Lunatic asylums United Prov. 1922-30 - 1922-1930
Year: 1922
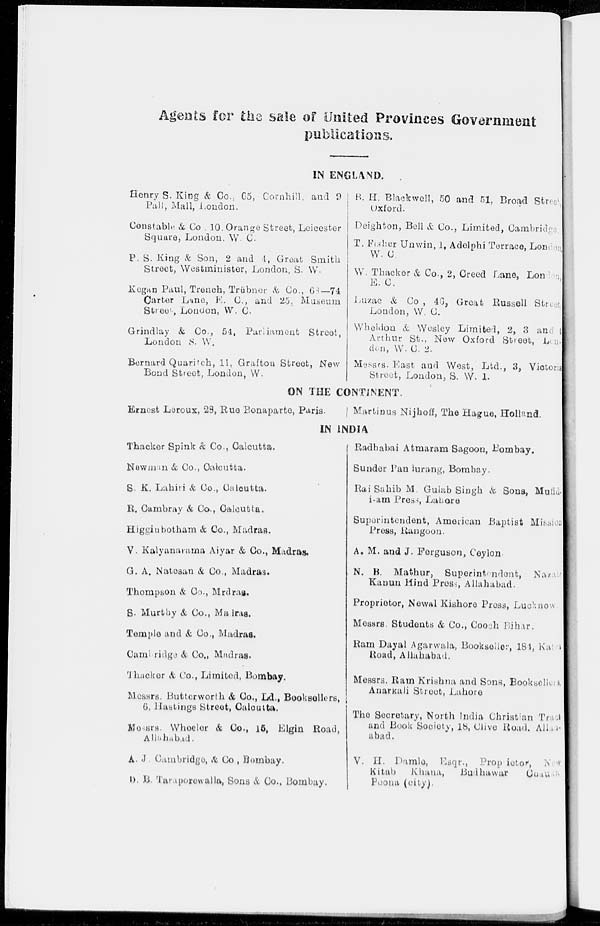
Agents for the sale of United Provinces Government
publications.
IN ENGLAND.
Henry S. King & Co., 65, Cornhill, and 9
Pall, Mall, London.
Constable & Co . 10, Orange Street, Leicester
Square, London. W. C.
P. S. King & Son, 2 and 1, Great Smith
Street, Westminister, London, S. W.
Kegan Paul, Trench, Trübner & Co., 68— 74
Carter Lane, E. C., and 25, Museum
Street, London, W. C.
Grindlay & Co., 54, Parliament Street,
London S. W.
Bernard Quaritch, 11, Grafton Street, New
Bond Street, London, W.
B. H. Blackwell, 50 and 51, Broad Street
Oxford.
Deighton, Bell & Co., Limited, Cambridge
T. Fisher Unwin, 1, Adelphi Terrace, London
W. C.
W. Thacker & Co., 2, Creed Lane, London,
E. C.
Luzac & Co, 46, Great Russell Street,
London, W. C.
Wheldon & Wesley Limited, 2, 3 and 4
Arthur St., Now Oxford Street, Lon-
don, W. C. 2.
Messrs. East and West, Ltd., 3, Victoria
Street, London, S. W. 1.
ON THE CONTINENT
Ernest Leroux, 28, Rue Bonaparte, Paris.
Martinus Nijhoff, The Hague, Holland.
IN INDIA
Thacker Spink & Co., Calcutta.
Newman & Co., Calcutta.
S. K. Lahiri &Co., Calcutta.
R. Cambray & Co., Calcutta.
Higginbotham & Co., Madras.
V. Kalyanarama Aiyar & Co., Madras.
G. A. Natesan & Co., Madras.
Thompson & Co., Madras.
S. Murthy & Co., Madras.
Temple and & Co., Madras.
Cambridge & Co., Madras.
Thacker & Co., Limited, Bombay.
Messrs. Butterworth & Co., Ld., Booksellers,
6, Hastings Street, Calcutta.
Messrs. Wheeler & Co., 15, Elgin Road,
Allahabad.
A. J. Cambridge, & Co. , Bombay.
D. B. Taraporewalla, Sons & Co., Bombay.
Radhabai Atmaram Sagoon, Bombay.
Sunder Pandurang, Bombay.
Rai Sahib M. Gulab Singh & Sons, Mufid-
i-am Press, Lahore.
Superintendent, American Baptist Mission
Press, Rangoon.
A.M. and J. Ferguson, Ceylon.
N. B. Mathur, Superintendent, Nazair
Kanun Hind Press, Allahabad.
Proprietor, Newal Kishore Press, Lucknow
Messrs. Students & Co., Cooch Bihar.
Ram Dayal Agarwala, Bookseller, 181, Karl
Road, Allahabad.
Messrs. Ram Krishna and Sons, Bookseller.
Anarkali Street, Lahore.
The Secretary, North India Christian Trade
and Book Society, 18, Clive Road. Allah-
abad.
V. H. Damle, Esqr., Proprietor, New
Kitab
Khana,
Budhawar Chauka,
Poona (city).